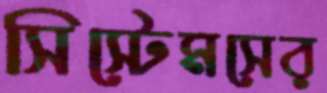
সিস্টেমসের